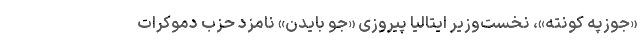
«جوزپه کونته»، نخست‌وزیر ایتالیا پیروزی «جو بایدن» نامزد حزب دموکرات